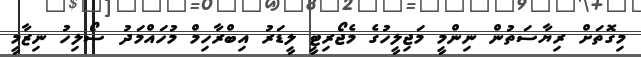
މިގޮތަށް ރިޔާސަތުން ނިންމީ މަޖިލީހުގެ މެޖޯރިޓީ ލީޑަރު އިބްރާހިމް މުހައްމަދު ސޯލިހު ނިޒާމީ